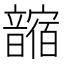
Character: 𩐼